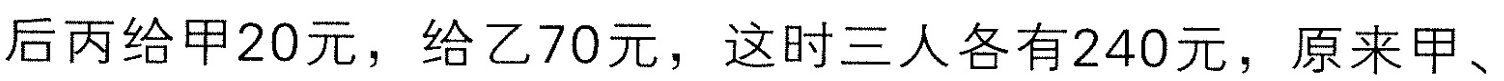
后丙给甲20元，给乙70元，这时三人各有240元，原来甲、